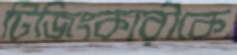
টিজিংকারীকে